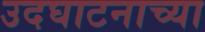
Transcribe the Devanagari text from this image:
उदघाटनाच्या